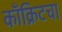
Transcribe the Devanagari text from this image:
काँक्रिटचा